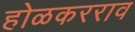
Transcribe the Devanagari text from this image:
होळकरराव